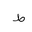
Letter: _da